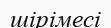
шірімесі